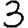
Digit: 3